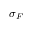
\sigma _ { F }